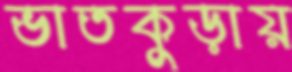
ভাতকুড়ায়